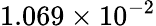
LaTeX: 1.069\times 10^{-2}